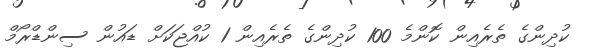
ކުދިންގެ ތެރެއިން ކޮންމެ 100 ކުދިންގެ ތެރެއިން 1 ކުއްޖަކަށް ޑައުން ސިންޑްރޯމް